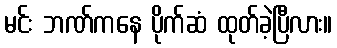
မင်း ဘဏ်ကနေ ပိုက်ဆံ ထုတ်ခဲ့ပြီလား။